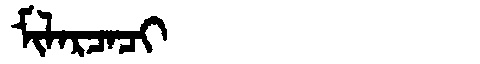
Manchu: ᠮᡳᠯᠠᡵᠴᠠᠴᡳ
Romanization: MILARCACI